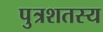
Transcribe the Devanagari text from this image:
पुत्रशतस्य